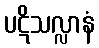
ပဋိသလ္လာနံ